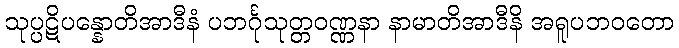
သုပ္ပဋိပန္နောတိအာဒီနံ ပဘင်္ဂုသုတ္တဝဏ္ဏနာ နာမာတိအာဒီနိ အရူပဘဝတော